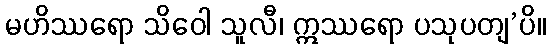
မဟိဿရော သိဝေါ သူလီ၊ ဣဿရော ပသုပတျ’ပိ။